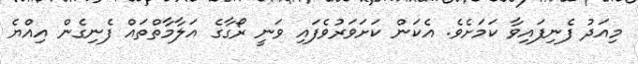
މިއަދު ފެނިފައިވާ ކަމަށެވެ. އެކަން ކަށަވަރުވެފައި ވަނީ ރޯގާގެ އަލާމާތްތައް ފެނިގެން އިއްޔެ